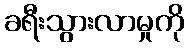
ခရီးသွားလာမှုကို